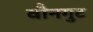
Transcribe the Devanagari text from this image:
वौनगुट